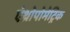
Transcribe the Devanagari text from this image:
एंथ्रोपोमेट्रिक